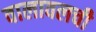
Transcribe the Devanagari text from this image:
वालावलची